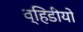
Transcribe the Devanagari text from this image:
व्हिडीयो